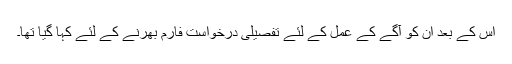
اس کے بعد ان کو آگے کے عمل کے لئے تفصیلی درخواست فارم بھرنے کے لئے کہا گیا تھا۔